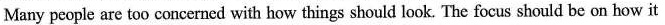
Many people are too concerned with how things should look. The focus should be on how it